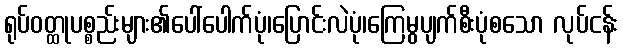
ရုပ်ဝတ္ထုပစ္စည်းများ၏ပေါ်ပေါက်ပုံ၊ပြောင်းလဲပုံ၊ကြေမွပျက်စီးပုံစသော လုပ်ငန်း